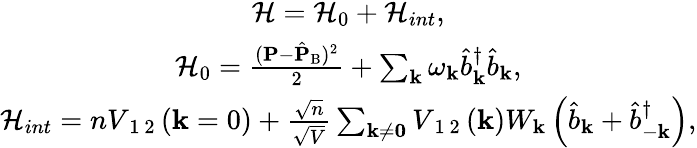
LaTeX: \begin{array}{r}{\begin{array}{c}{\mathcal{H}=\mathcal{H}_{0}+\mathcal{H}_{int},}\\ {\mathcal{H}_{0}=\frac{({\mathbf{P}}-\hat{\mathbf{P}}_{\mathrm{B}})^{2}}{2}+\sum_{\mathbf{k}}\omega_{\mathbf{k}}\hat{b}_{\mathbf{k}}^{\dagger}\hat{b}_{\mathbf{k}},}\\ {\mathcal{H}_{int}=nV_{\mathrm{~1~2~}}(\mathbf{k}=0)+\frac{\sqrt{n}}{\sqrt{V}}\sum_{\mathbf{k\neq 0}}V_{\mathrm{~1~2~}}(\mathbf{k})W_{\mathbf{k}}\left(\hat{b}_{\mathbf{k}}+\hat{b}_{-\mathbf{k}}^{\dagger}\right),}\end{array}}\end{array}